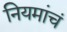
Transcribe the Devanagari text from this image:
नियमांचं